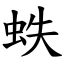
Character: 蛈